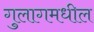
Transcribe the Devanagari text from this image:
गुलागमधील